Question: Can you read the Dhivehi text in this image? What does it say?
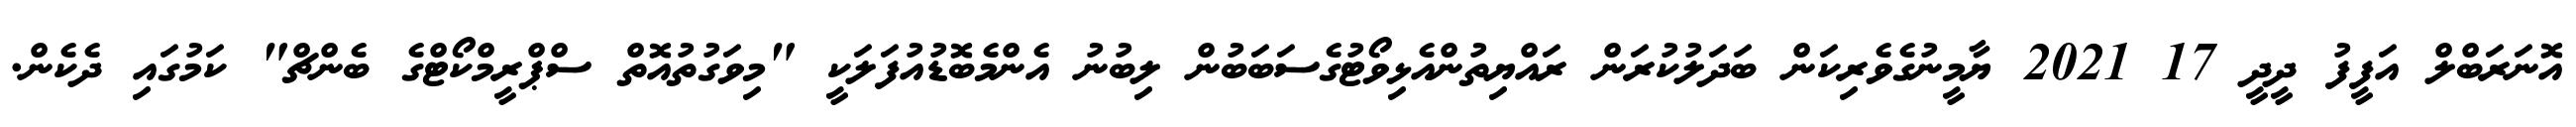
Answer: އޮނަރަބްލް އަފީފު ދީދީ 17 2021 ޔާމީނުގެވެރިކަން ބަދަލުކުރަން ރައްޔިތުންއެޅިވޯޓުގެސަބަބުން ލިބުނު އެންމެބޮޑުއުފަލަކީ "މިވަގުތުއޮތް ސްޕްރީމްކޯޓްގެ ބެންޗް" ކަމުގައި ދެކެން.